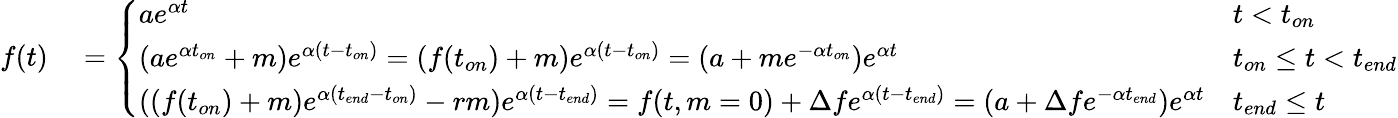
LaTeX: \begin{array}{rl}{f(t)}&{{}=\left\{ \begin{array}{ll}{ae^{\alpha t}}&{t<t_{on}}\\ {(ae^{\alpha t_{on}}+m)e^{\alpha(t-t_{on})}=(f(t_{on})+m)e^{\alpha(t-t_{on})}=(a+me^{-\alpha t_{on}})e^{\alpha t}}&{t_{on}\leq t<t_{end}}\\ {((f(t_{on})+m)e^{\alpha(t_{end}-t_{on})}-rm)e^{\alpha(t-t_{end})}=f(t,m=0)+\Delta fe^{\alpha(t-t_{end})}=(a+\Delta fe^{-\alpha t_{end}})e^{\alpha t}}&{t_{end}\leq t}\end{array}\right.}\end{array}